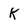
Character: K